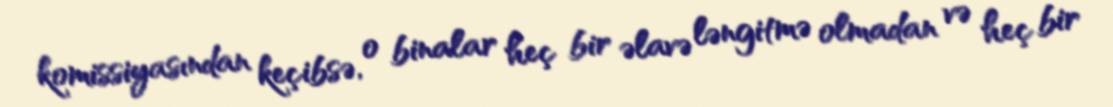
komissiyasından keçibsə, o binalar heç bir əlavə ləngitmə olmadan və heç bir